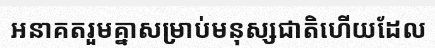
អនាគតរួមគ្នាសម្រាប់មនុស្សជាតិហើយដែល